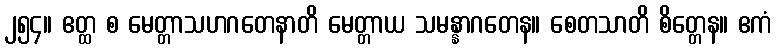
၂၅၄။ ဧတ္ထ စ မေတ္တာသဟဂတေနာတိ မေတ္တာယ သမန္နာဂတေန။ စေတသာတိ စိတ္တေန။ ဧကံ